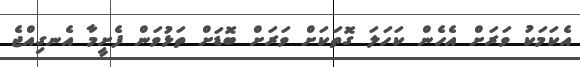
އެކަމަކު ވަރަށް އެހެން ކަހަލަ ގޮތަކަށް ވަރަށް ބޮޑަށް ތަޅުވަން ފެށީމާ އެނގިއްޖެ